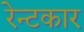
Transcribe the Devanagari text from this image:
रेन्टकार